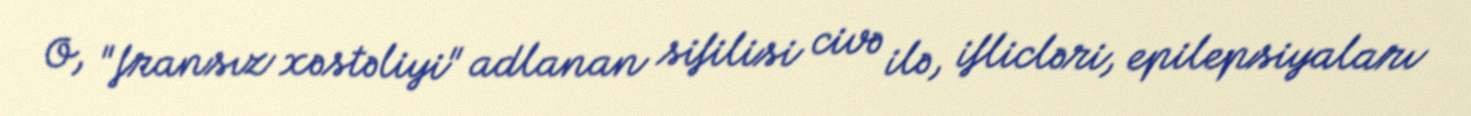
O, "fransız xəstəliyi" adlanan sifilisi civə ilə, iflicləri, epilepsiyaları